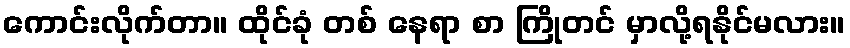
ကောင်းလိုက်တာ။ ထိုင်ခုံ တစ် နေရာ စာ ကြိုတင် မှာလို့ရနိုင်မလား။